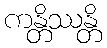
ကန္တိဿန္တိ